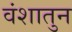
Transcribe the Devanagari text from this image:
वंशातुन